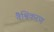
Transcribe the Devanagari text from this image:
वैश्विकरण